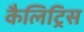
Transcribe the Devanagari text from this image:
कैलिट्रिस